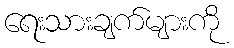
ရေးသားချက်များကို